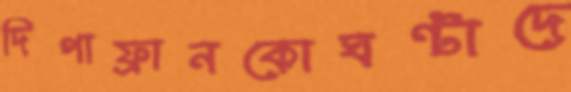
দিপাফ্রানকোঘণ্টাদে